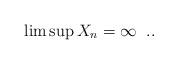
LaTeX: \begin{align*}\limsup X_n = \infty \ \; ..\end{align*}